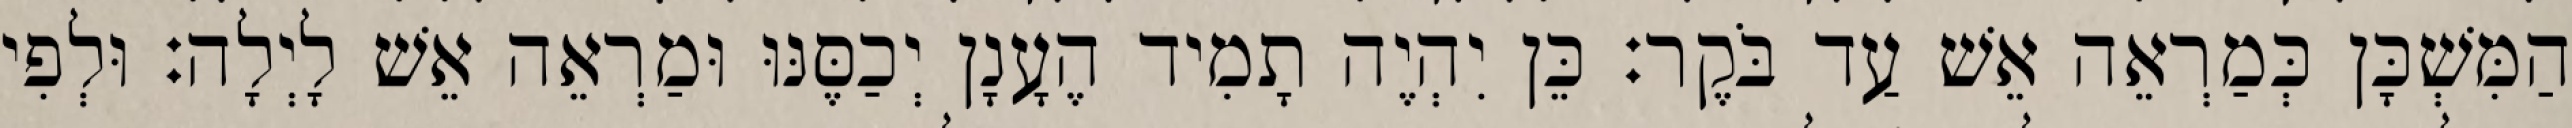
הַמִּשְׁכָּן כְּמַרְאֵה אֵשׁ עַד בֹּקֶר׃ כֵּן יִהְיֶה תָמִיד הֶעָנָן יְכַסֶּנּוּ וּמַרְאֵה אֵשׁ לָיְלָה׃ וּלְפִי